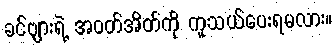
ခင်ဗျားရဲ့ အဝတ်အိတ်ကို ကူသယ်ပေးရမလား။